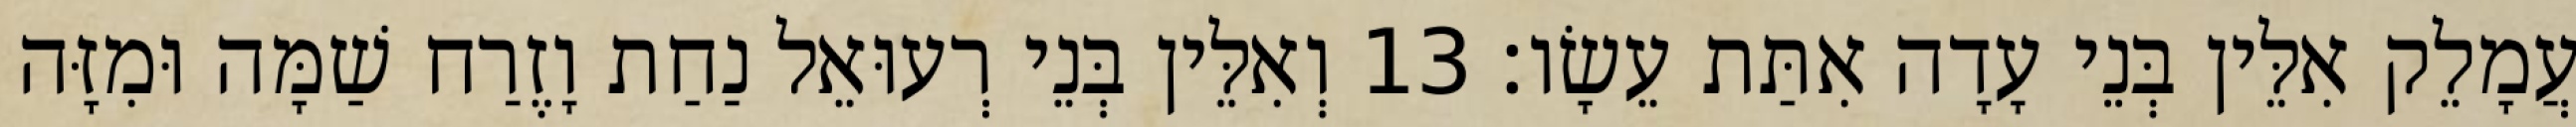
עֲמָלֵק אִלֵּין בְּנֵי עָדָה אִתַּת עֵשָׂו׃ 13 וְאִלֵּין בְּנֵי רְעוּאֵל נַחַת וָזֶרַח שַׁמָּה וּמִזָּה